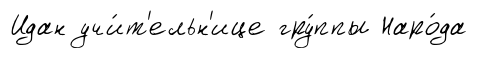
Идан учи́т'ельн'ице гру́ппы Наро́да